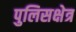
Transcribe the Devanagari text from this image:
पुलिसक्षेत्र